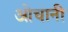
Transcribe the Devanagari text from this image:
ओचानी